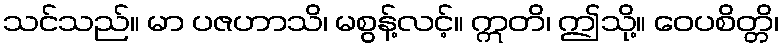
သင်သည်။ မာ ပဇဟာသိ၊ မစွန့်လင့်။ ဣတိ၊ ဤသို့။ ဝေပစိတ္တိ၊